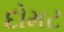
દોમટ